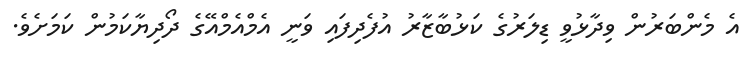
އެ މެންބަރުން ވިދާޅުވީ ޑިލަރުގެ ކަޅުބާޒާރު އުފެދިފައި ވަނީ އެމްއެމްއޭގެ ދޯދިޔާކަމުން ކަމަށެވެ.